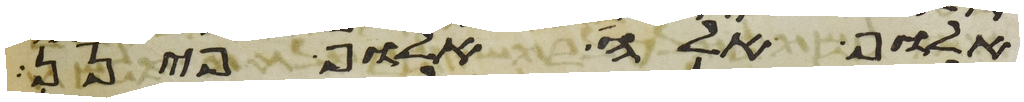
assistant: אלוף אלה אלוף פינן